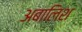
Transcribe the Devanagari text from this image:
अबालिश